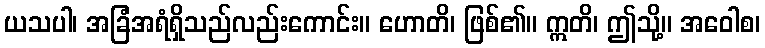
ယသပါ၊ အခြံအရံရှိသည်လည်းကောင်း။ ဟောတိ၊ ဖြစ်၏။ ဣတိ၊ ဤသို့။ အဝေါစ၊